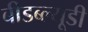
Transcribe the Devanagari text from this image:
बीडब्ल्यूडी